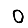
Digit: 0